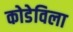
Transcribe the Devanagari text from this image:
कोडेविला